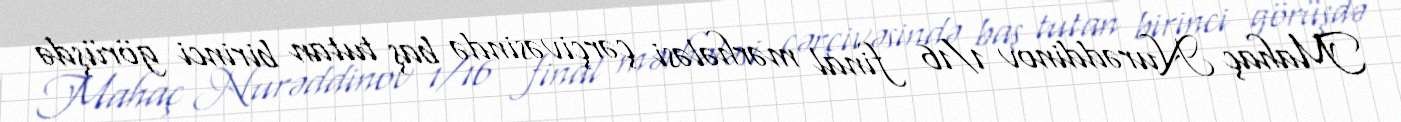
Mahaç Nurəddinov 1/16 final mərhələsi çərçivəsində baş tutan birinci görüşdə